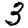
Digit: 3